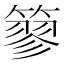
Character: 𥲿